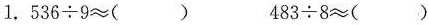
1.536\div9≈() 483\div8≈()